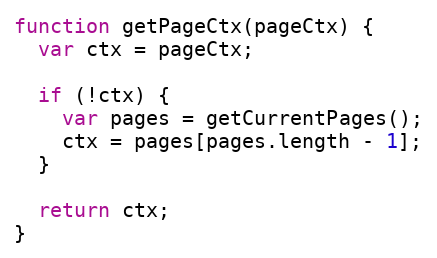
Language: JavaScript
function getPageCtx(pageCtx) {
  var ctx = pageCtx;

  if (!ctx) {
    var pages = getCurrentPages();
    ctx = pages[pages.length - 1];
  }

  return ctx;
}